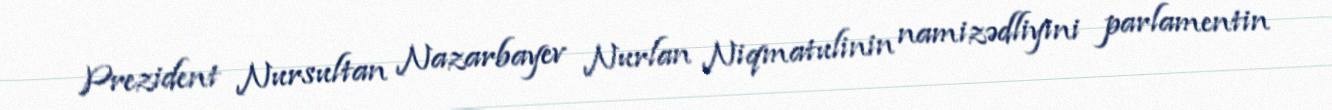
Prezident Nursultan Nazarbayev Nurlan Niqmatulinin namizədliyini parlamentin